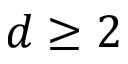
d \geq 2